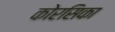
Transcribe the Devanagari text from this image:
कोरसिका